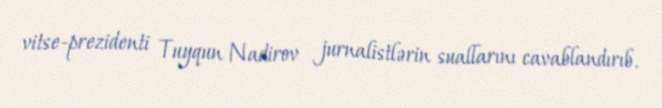
vitse-prezidenti Tuyqun Nadirov jurnalistlərin suallarını cavablandırıb.